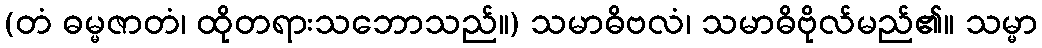
(တံ ဓမ္မဇာတံ၊ ထိုတရားသဘောသည်။) သမာဓိဗလံ၊ သမာဓိဗိုလ်မည်၏။ သမ္မာ